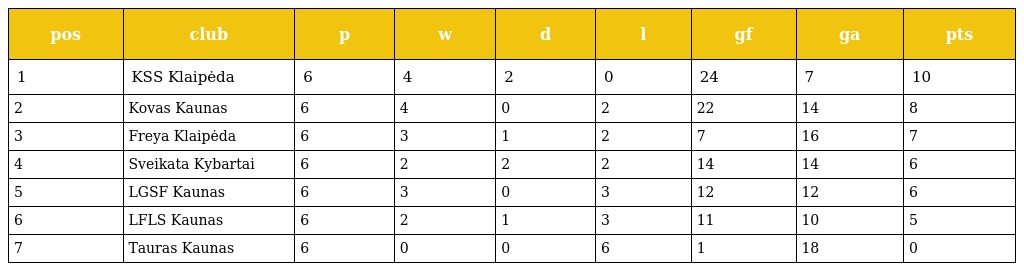
| pos | club | p | w | d | l | gf | ga | pts |
 | --- | --- | --- | --- | --- | --- | --- | --- | --- |
 | 1 | KSS Klaipėda | 6 | 4 | 2 | 0 | 24 | 7 | 10 |
 | 2 | Kovas Kaunas | 6 | 4 | 0 | 2 | 22 | 14 | 8 |
 | 3 | Freya Klaipėda | 6 | 3 | 1 | 2 | 7 | 16 | 7 |
 | 4 | Sveikata Kybartai | 6 | 2 | 2 | 2 | 14 | 14 | 6 |
 | 5 | LGSF Kaunas | 6 | 3 | 0 | 3 | 12 | 12 | 6 |
 | 6 | LFLS Kaunas | 6 | 2 | 1 | 3 | 11 | 10 | 5 |
 | 7 | Tauras Kaunas | 6 | 0 | 0 | 6 | 1 | 18 | 0 |